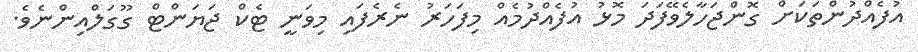
އުފެއްދުންތަކަށް ގޮންޖަހާލެވޭފަދަ މޮޅު އުފެއްދުމެއް މިފަހަރު ނެރެފައި މިވަނީ ޓެކް ޖަޔަންޓް ގޫގަލްއިންނެވެ.